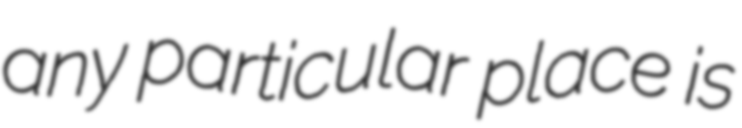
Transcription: any particular place is